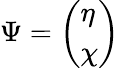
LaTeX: \Psi=\left(\begin{array}{l}{\eta}\\ {\chi}\end{array}\right)